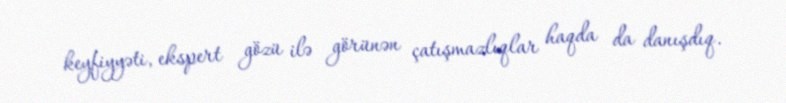
keyfiyyəti, ekspert gözü ilə görünən çatışmazlıqlar haqda da danışdıq.